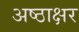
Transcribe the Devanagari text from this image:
अष्ठाक्षर